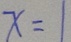
x = 1